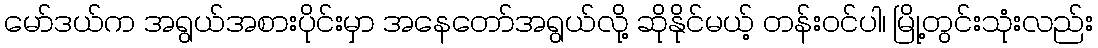
မော်ဒယ်က အရွယ်အစားပိုင်းမှာ အနေတော်အရွယ်လို့ ဆိုနိုင်မယ့် တန်းဝင်ပါ၊ မြို့တွင်းသုံးလည်း